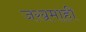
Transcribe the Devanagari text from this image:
जखमाही